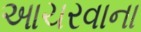
આચરવાના